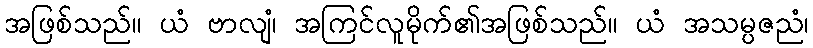
အဖြစ်သည်။ ယံ ဗာလျံ၊ အကြင်လူမိုက်၏အဖြစ်သည်။ ယံ အသမ္ပဇညံ၊